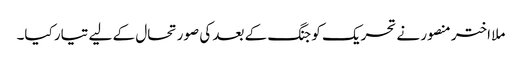
ملا اختر منصور نے تحریک کو جنگ کے بعد کی صورتحال کے لیے تیار کیا۔